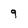
Character: 9